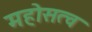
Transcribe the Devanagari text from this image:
महोसत्व